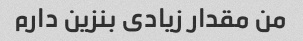
من مقدار زیادی بنزین دارم